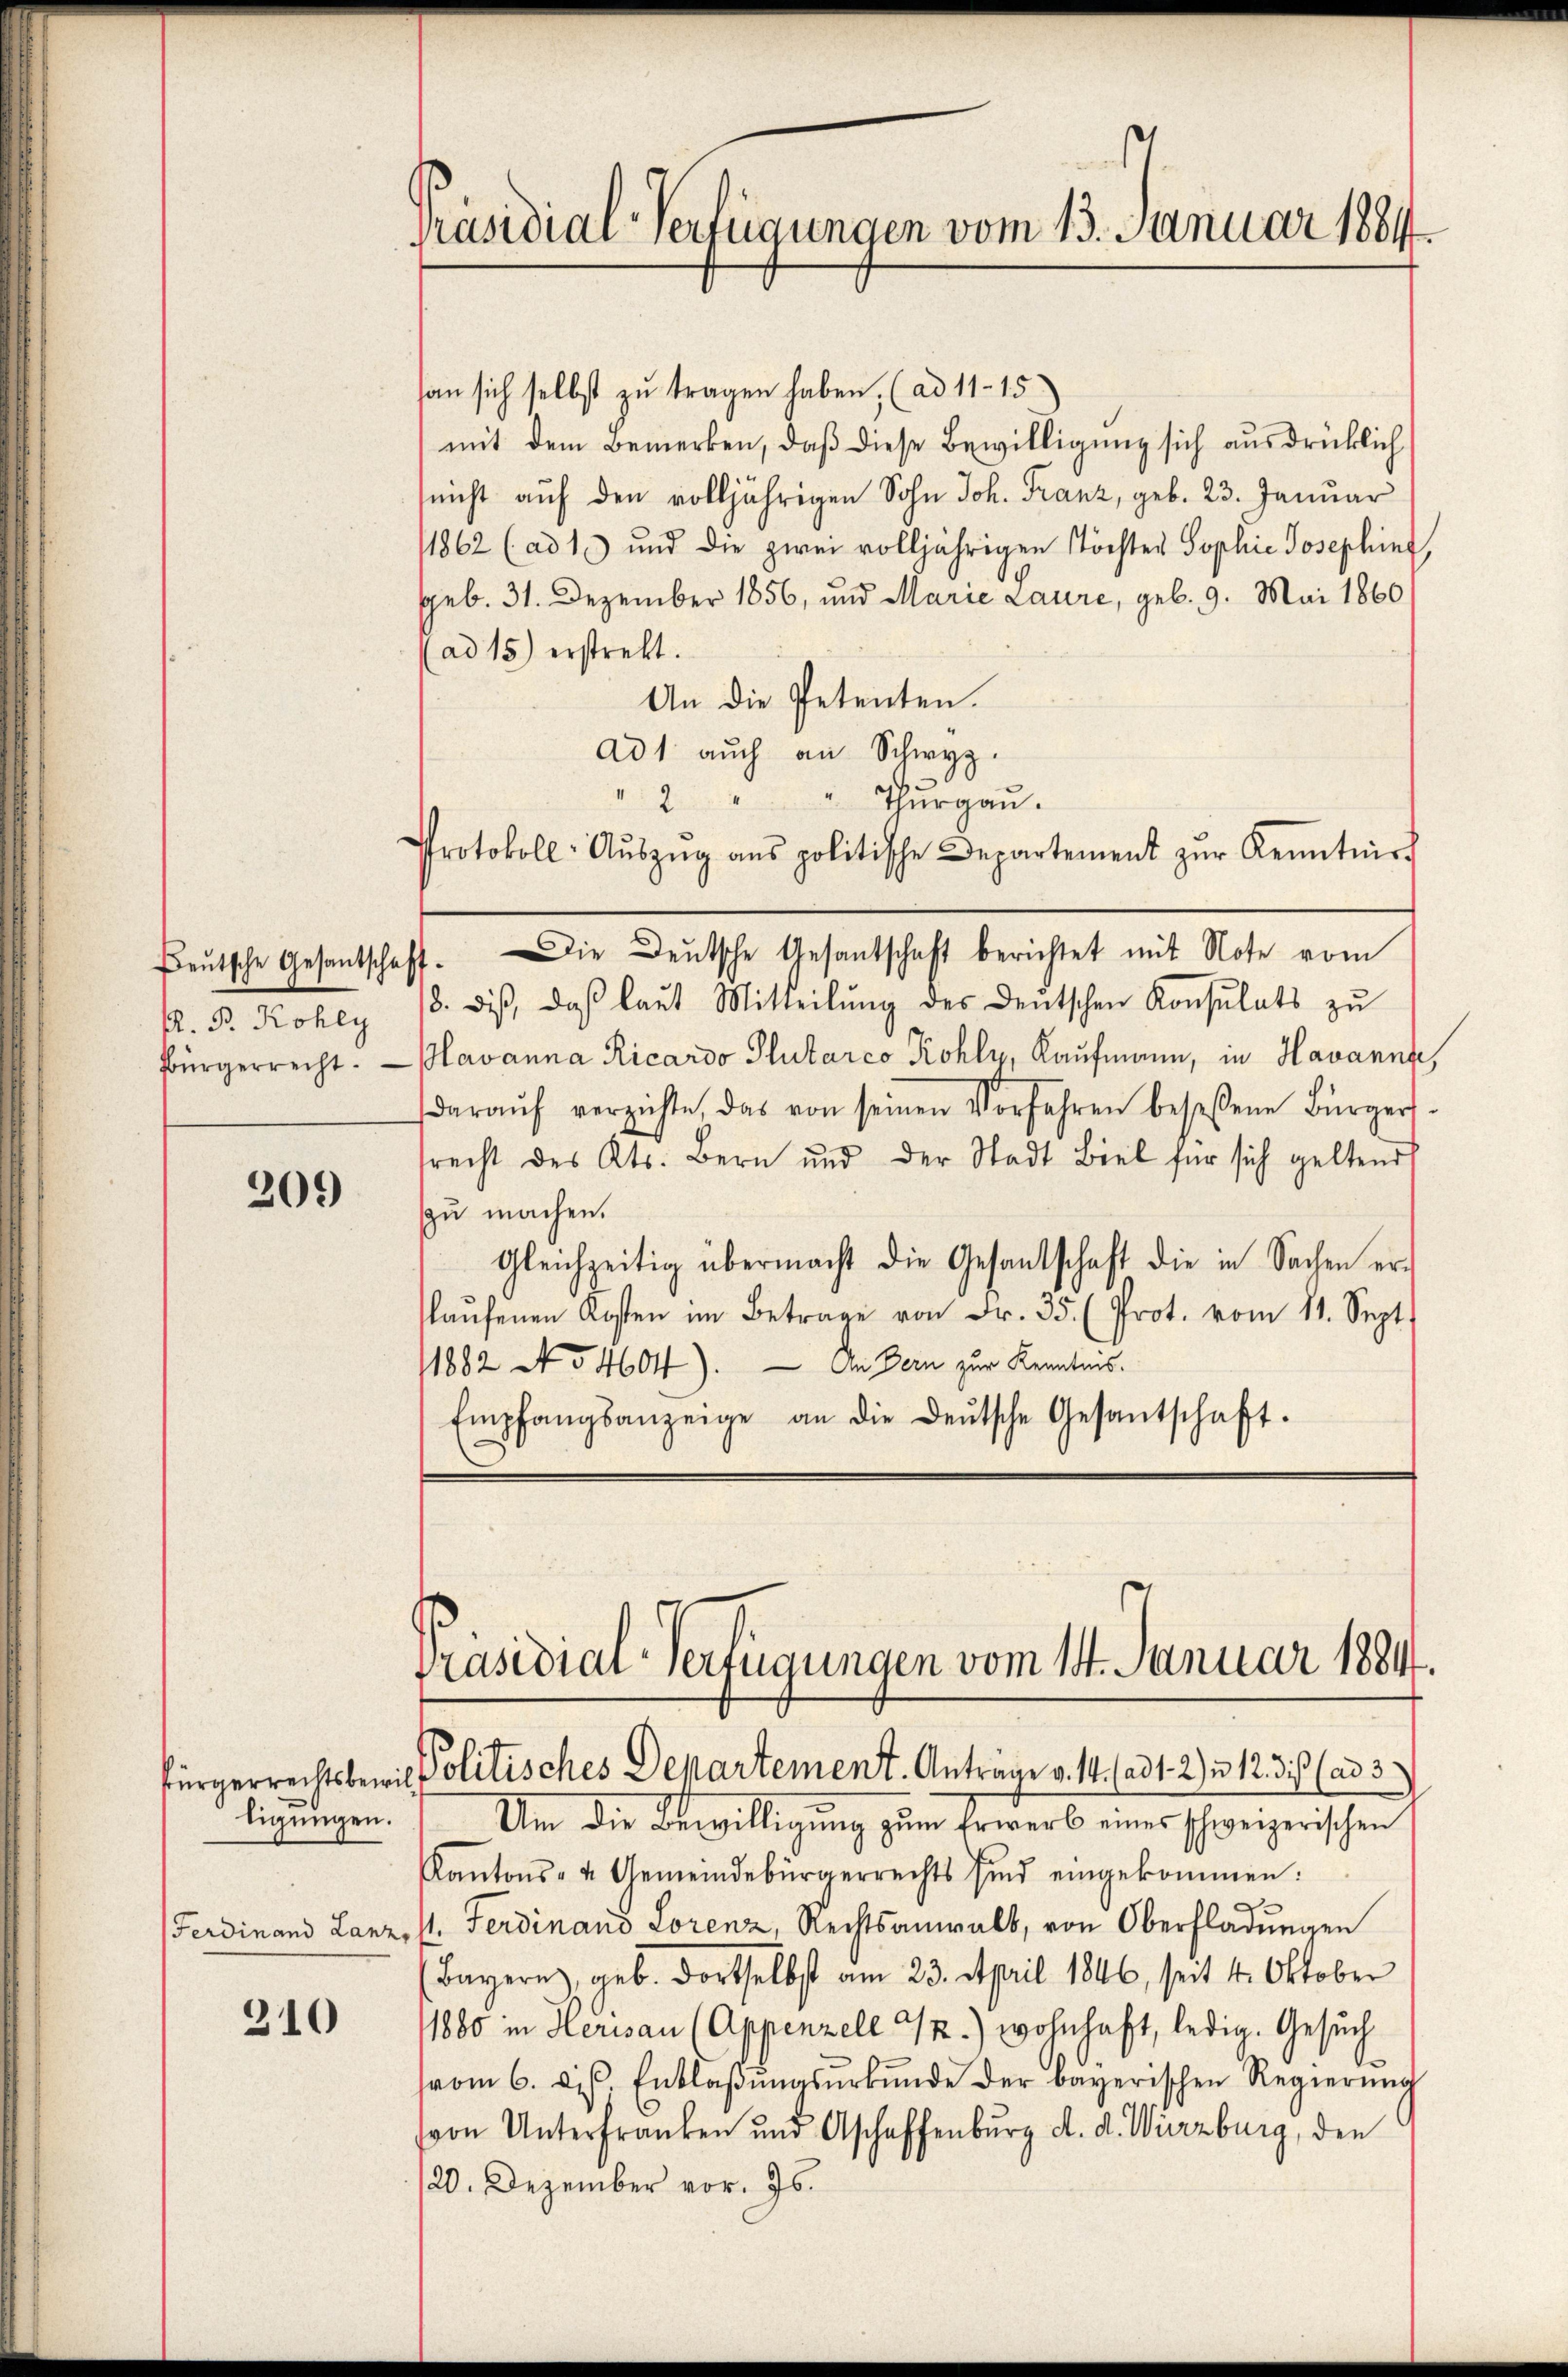
Beutsche Gesantschaft.
K. B. Kohly

209

ligungen.
Ferdinand Lanz,

310

Präsidial-Verfügungen vom 13. Januar 1884

2

san sich selbst zu tragen haben, (ad 11-15)
mit dem Bemerken, daß diese Bewilligung sich ausdrücklich
(nicht aŭf den volljährigen Sohn Joh. Franz, geb. 23. Januar
1862 (ad 1) und die zwei volljährigen Töchter Sophie Josephin,
geb. 31. Dezember 1856, und Marie Laure, geb. 9. Mai 1860
(ad 15) erstrebt.
An die Petenten.
Ad 1 auch an Schwyz.
Thurgau.
Protokoll- Aŭszŭg ans politische Departement zŭr Kenntniss
Die Deutsche Gesantschaft berichtet mit Note vom
18. diβ, daβ laŭt Mitteilŭng des Deutschen Konsulats zŭ
fürgerrecht. — Havanna Ricardo Plutarco Kohly, Kaufmann, in Havanna,
daraŭf verzichte, das von seinen Vorfahren beseßene Bürgers-
srecht des Kts. Bern und der Stadt Biel für sich geltend
zu machen.
gleichzeitig übermacht die Gesandschaft die in Sachen erlaŭfenen Kosten im Betrage von Fr. 35. (Prot. vom 11. Sept.
11882 No 4604). — An dern zur Kenntnis.
Empfangsanzeige an die deŭtsche Gesantschaft.

Präsidial-Verfügungen vom 14. Januar 1884.
fürgerrechtsbewil Politisches Departement. Anträge v. 14. (ad 1. 2) u. 12. 3. (ad 3.

Um die Bewilligung zum Erwerb eines schweizerischen
Kantons- u Gemeindebürgerrechts sind eingekommen:
st. Ferdinand Lorenz, Rechtsanwalt, von Oberfladungen
(Bayern, geb. dortselbst am 23. April 1846, seit 4. Oktober
1880 in Herisau (Appenzell 32) wohnhaft, ledig. Gesuch
vom 6. ds. Entlaβŭngsŭrkŭnde der bayerischen Regierŭng
von Unterfranken und Aschaffenburg d. d. Würzburg, den
20. Dezember vor. Js.